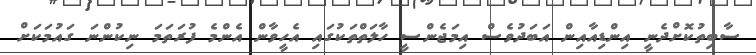
ސާބިތުކޮށްދެނީ އިންޑިއާއިން އަބަދުވެސް އިމަޖެންސީ ހާލަތްތަކުގައި އެހީވާން އެންމެ ފުރަތަމަ ނިކުންނަ ގައުމަކަށް